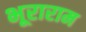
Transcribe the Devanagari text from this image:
भूराराम